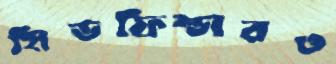
মিডফিল্ডারও